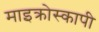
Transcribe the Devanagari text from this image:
माइक्रोस्कापी